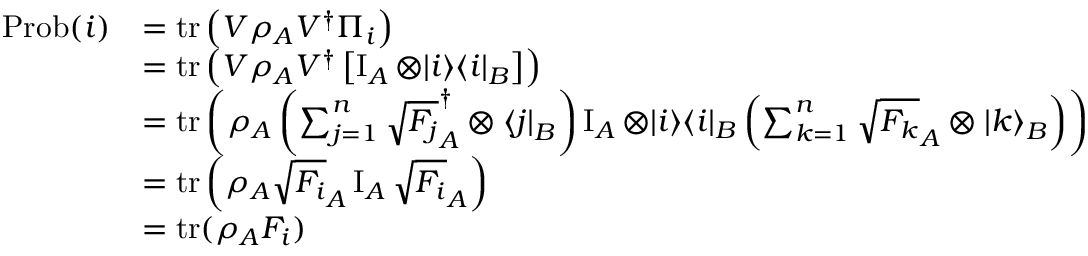
{ \begin{array} { r l } { { \mathrm { P r o b } } ( i ) } & { = \operatorname { t r } \left( V \rho _ { A } V ^ { \dagger } \Pi _ { i } \right) } \\ & { = \operatorname { t r } \left( V \rho _ { A } V ^ { \dagger } \left[ \operatorname { I } _ { A } \otimes | i \rangle \langle i | _ { B } \right] \right) } \\ & { = \operatorname { t r } \left( \rho _ { A } \left( \sum _ { j = 1 } ^ { n } { \sqrt { F _ { j } } } _ { A } ^ { \dagger } \otimes { \langle j | } _ { B } \right) \operatorname { I } _ { A } \otimes | i \rangle \langle i | _ { B } \left( \sum _ { k = 1 } ^ { n } { \sqrt { F _ { k } } } _ { A } \otimes { | k \rangle } _ { B } \right) \right) } \\ & { = \operatorname { t r } \left( \rho _ { A } { \sqrt { F _ { i } } } _ { A } \operatorname { I } _ { A } { \sqrt { F _ { i } } } _ { A } \right) } \\ & { = \operatorname { t r } ( \rho _ { A } F _ { i } ) } \end{array} }